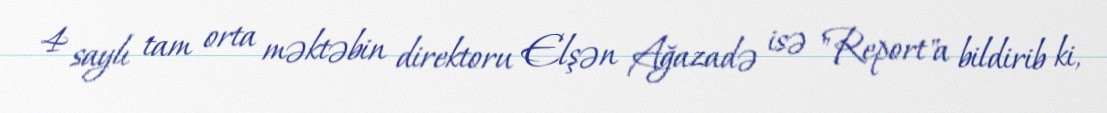
4 saylı tam orta məktəbin direktoru Elşən Ağazadə isə "Report"a bildirib ki,